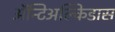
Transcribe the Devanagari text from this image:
अॅन्टिअल्किडास